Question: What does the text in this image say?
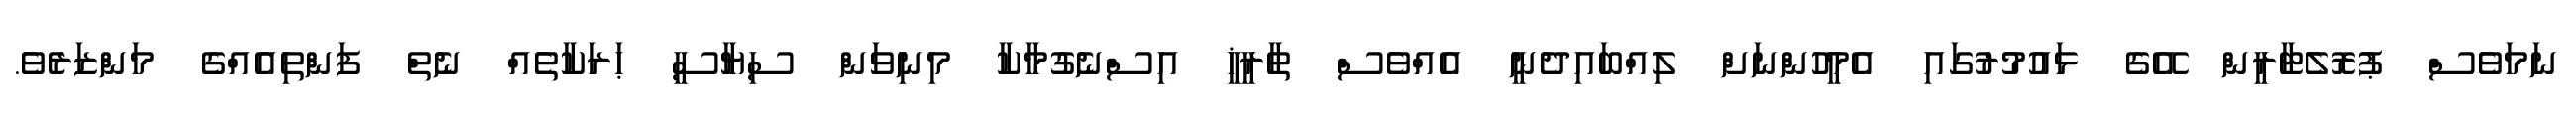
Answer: ނަމަވެސް ޕުރޮލެޓާރީން އޭގެ ޅައުމުރުގައި އެމީހުންނަށް ލިއްބައިދެނީ އެއްވެސް ތާރީޚީ އިސްނެގުމާކާ މިނިވަން ސިޔާސީ ޙަރަކާތެއް ނެތް ފަންތިއެއްގެ މަންޒަރެވެ.